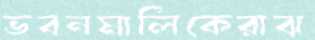
ভবনমালিকেরাঝ